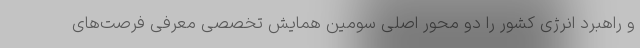
و راهبرد انرژی کشور را دو محور اصلی سومین همایش تخصصی معرفی فرصت‌های